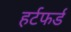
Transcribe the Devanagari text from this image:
हर्टफर्ड